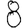
Digit: 8